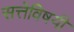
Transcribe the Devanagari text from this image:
सत्तेविषयी